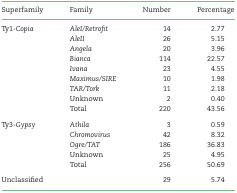
<table><thead><tr><td><b>Superfamily</b></td><td><b>Family</b></td><td><b>Number</b></td><td><b>Percentage</b></td></tr></thead><tbody><tr><td>Ty1-<i>Copia</i></td><td><i>AleI/Retrofit</i></td><td>14</td><td>2.77</td></tr><tr><td>[EMPTY_CELL]</td><td><i>AleII</i></td><td>26</td><td>5.15</td></tr><tr><td>[EMPTY_CELL]</td><td><i>Angela</i></td><td>20</td><td>3.96</td></tr><tr><td>[EMPTY_CELL]</td><td><i>Bianca</i></td><td>114</td><td>22.57</td></tr><tr><td>[EMPTY_CELL]</td><td><i>Ivana</i></td><td>23</td><td>4.55</td></tr><tr><td>[EMPTY_CELL]</td><td><i>Maximus/SIRE</i></td><td>10</td><td>1.98</td></tr><tr><td>[EMPTY_CELL]</td><td><i>TAR/Tork</i></td><td>11</td><td>2.18</td></tr><tr><td>[EMPTY_CELL]</td><td>Unknown</td><td>2</td><td>0.40</td></tr><tr><td>[EMPTY_CELL]</td><td>Total</td><td>220</td><td>43.56</td></tr><tr><td>Ty3-<i>Gypsy</i></td><td><i>Athila</i></td><td>3</td><td>0.59</td></tr><tr><td>[EMPTY_CELL]</td><td><i>Chromovirus</i></td><td>42</td><td>8.32</td></tr><tr><td>[EMPTY_CELL]</td><td><i>Ogre/TAT</i></td><td>186</td><td>36.83</td></tr><tr><td>[EMPTY_CELL]</td><td>Unknown</td><td>25</td><td>4.95</td></tr><tr><td>[EMPTY_CELL]</td><td>Total</td><td>256</td><td>50.69</td></tr><tr><td>Unclassified</td><td>[EMPTY_CELL]</td><td>29</td><td>5.74</td></tr></tbody></table>